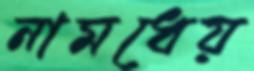
নামধেয়